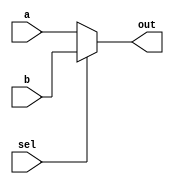
module mux_2(a, b, sel, out);

    input [31:0] a, b;
    input sel;
    output [31:0] out;
    
    assign out = sel ? b : a;

endmodule